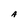
Character: A